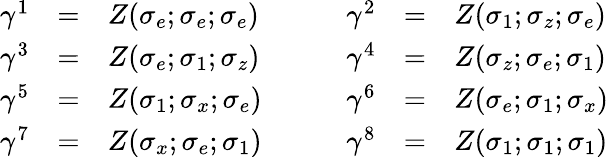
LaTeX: \begin{array}{lclclcl}{{\gamma^{1}}}&{{=}}&{{Z(\sigma_{e};\sigma_{e};\sigma_{e})}}&{{\quad}}&{{\gamma^{2}}}&{{=}}&{{Z(\sigma_{1};\sigma_{z};\sigma_{e})}}\\ {{\gamma^{3}}}&{{=}}&{{Z(\sigma_{e};\sigma_{1};\sigma_{z})}}&{{\quad}}&{{\gamma^{4}}}&{{=}}&{{Z(\sigma_{z};\sigma_{e};\sigma_{1})}}\\ {{\gamma^{5}}}&{{=}}&{{Z(\sigma_{1};\sigma_{x};\sigma_{e})}}&{{\quad}}&{{\gamma^{6}}}&{{=}}&{{Z(\sigma_{e};\sigma_{1};\sigma_{x})}}\\ {{\gamma^{7}}}&{{=}}&{{Z(\sigma_{x};\sigma_{e};\sigma_{1})}}&{{\quad}}&{{\gamma^{8}}}&{{=}}&{{Z(\sigma_{1};\sigma_{1};\sigma_{1})}}\end{array}